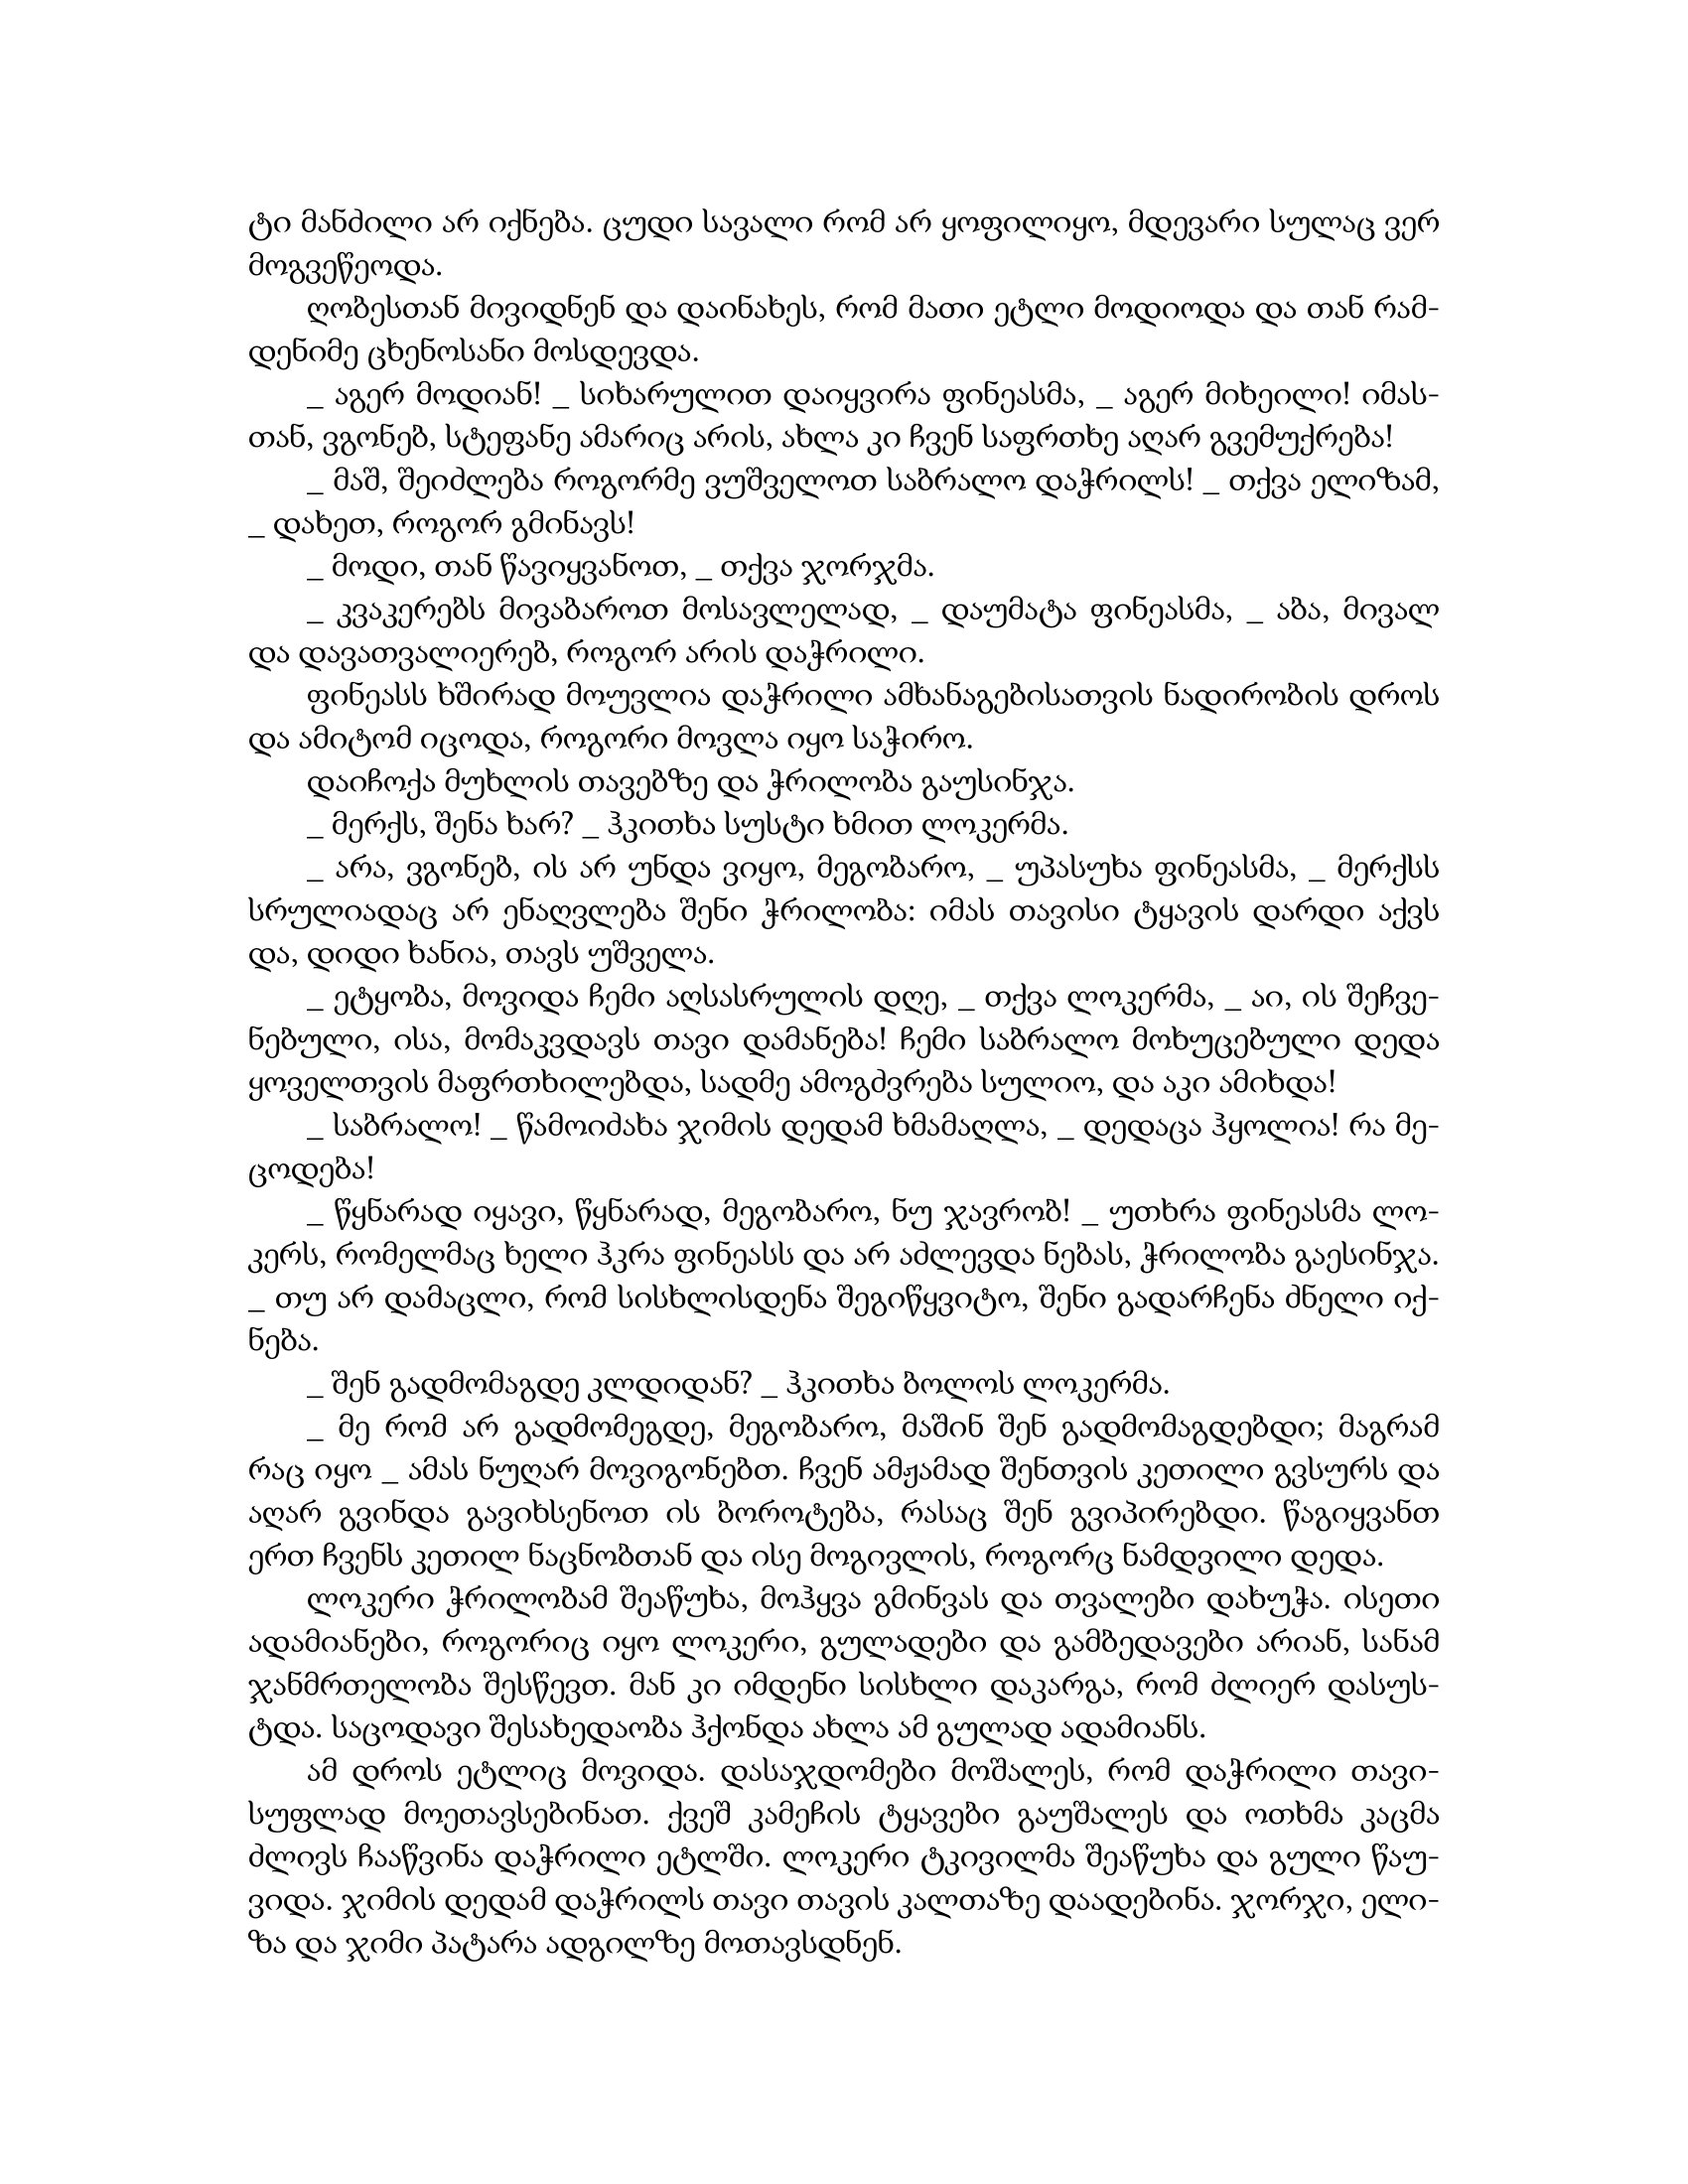
Language: gr